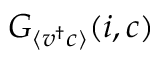
G _ { \langle v ^ { \dagger } c \rangle } ( \boldsymbol { \boldsymbol { i } } , { \boldsymbol { c } } )